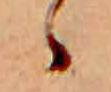
ゝ